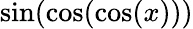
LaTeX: \sin(\cos(\cos(x)))